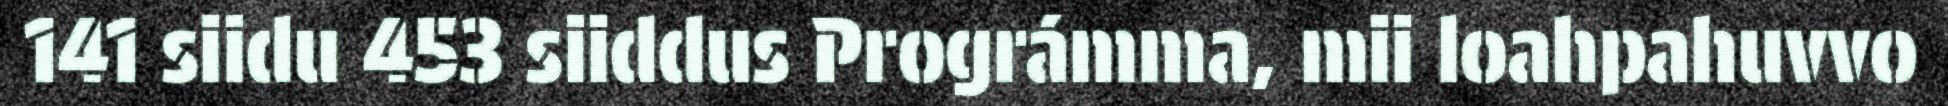
141 siidu 453 siiddus Prográmma, mii loahpahuvvo